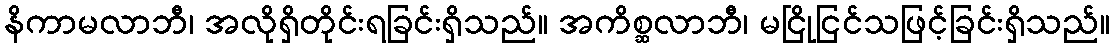
နိကာမလာဘီ၊ အလိုရှိတိုင်းရခြင်းရှိသည်။ အကိစ္ဆလာဘီ၊ မငြိုငြင်သဖြင့်ခြင်းရှိသည်။